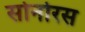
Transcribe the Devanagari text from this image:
सोनोरस